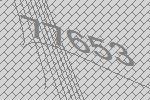
77653